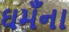
ઘમઁના